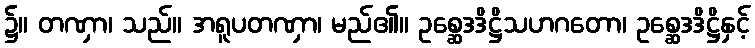
၌။ တဏှာ၊ သည်။ အရူပတဏှာ၊ မည်၏။ ဥစ္ဆေဒဒိဋ္ဌိသဟဂတော၊ ဥစ္ဆေဒဒိဋ္ဌိနှင့်